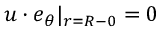
\boldsymbol { u } \cdot \boldsymbol { e } _ { \theta } | _ { r = R - 0 } = 0